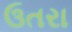
ઉતરા